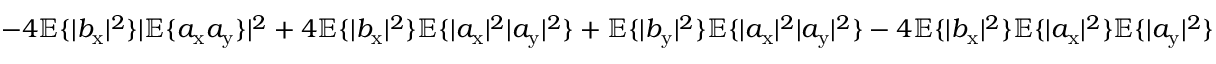
- 4 \mathbb { E } \{ | b _ { \mathrm { x } } | ^ { 2 } \} | \mathbb { E } \{ a _ { \mathrm { x } } a _ { \mathrm { y } } \} | ^ { 2 } + 4 \mathbb { E } \{ | b _ { \mathrm { x } } | ^ { 2 } \} \mathbb { E } \{ | a _ { \mathrm { x } } | ^ { 2 } | a _ { \mathrm { y } } | ^ { 2 } \} + \mathbb { E } \{ | b _ { \mathrm { y } } | ^ { 2 } \} \mathbb { E } \{ | a _ { \mathrm { x } } | ^ { 2 } | a _ { \mathrm { y } } | ^ { 2 } \} - 4 \mathbb { E } \{ | b _ { \mathrm { x } } | ^ { 2 } \} \mathbb { E } \{ | a _ { \mathrm { x } } | ^ { 2 } \} \mathbb { E } \{ | a _ { \mathrm { y } } | ^ { 2 } \}